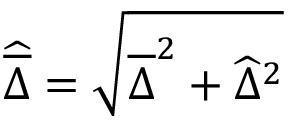
\widehat { \overline { { \Delta } } } = \sqrt { \overline { { \Delta } } ^ { 2 } + \widehat { \Delta } ^ { 2 } }